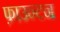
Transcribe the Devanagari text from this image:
फ़ाउन्टन